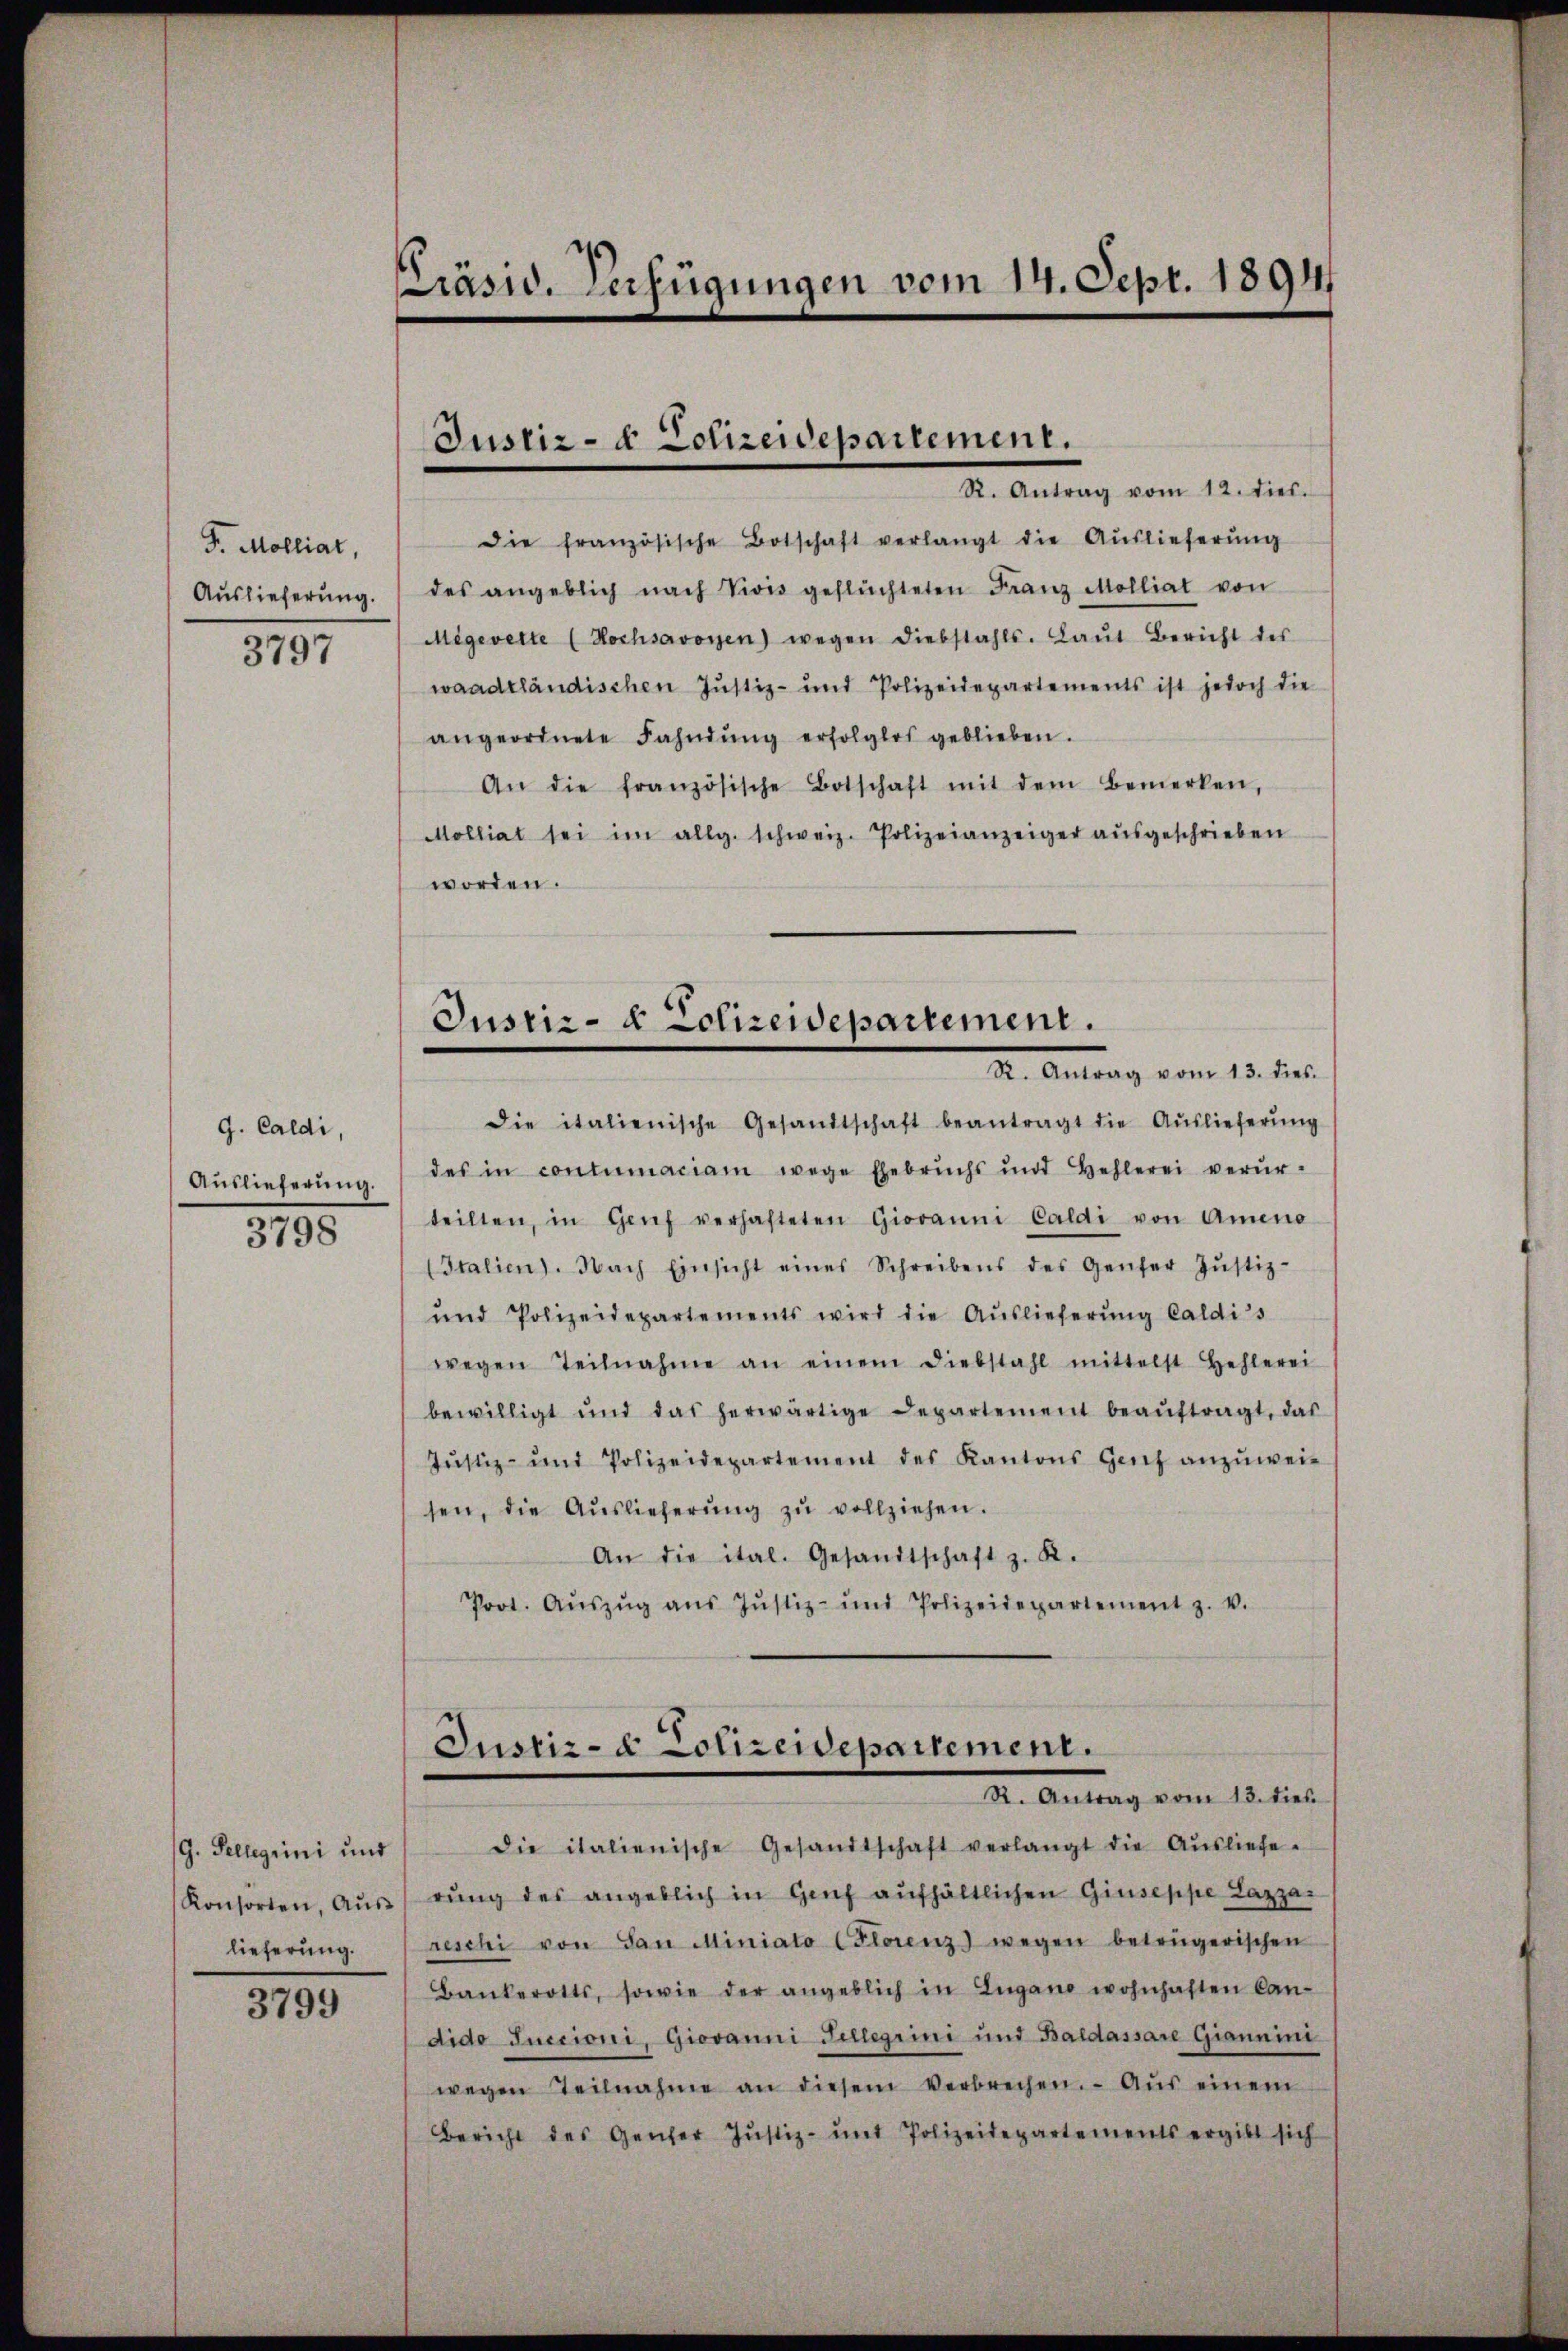
F. Molliat,
Auslieferung.
3797

g. Caldi,
Auslieferung.
3798

G. Tellegiini und
Konsorten, Aŭs
lieferung.

3799

Präsid. Verfügungen vom 14. Sept. 18941

Justiz- & Polizeidepartement.
R. Antrag vom 12. dies.

die französische Botschaft verlangt die Aŭslieferŭng
des angeblich nach Vivis geflüchteten Franz Molliat von
Megevette (Hochsavoyen) wegen diebstahls. Laŭt Bericht des
waadtländischen Justiz- und Polizeidepartements ist jedoch die
angeordnete Fahndŭng erfolglos geblieben.
An die französische Botschaft mit dem Bemerken,
Molliat sei im allg. schweiz. Polizeianzeiger aŭsgeschrieben
worden.
die italienische Gesandtschaft beantragt die Aŭslieferŭng
des in contumaciam wege Ehebruchs und Hehlerei verŭr-
teilten, in Genf verhafteten Giovanni Caldi von Ameno
(Italien). Nach Einsicht eines Schreibens des Genfer Jŭstiz-
und Polizeidepartements wird die Aŭslieferŭng Caldis
wegen Teilnahme an einem Diebstahl mittelst Hehlerei
bewilligt und das herwärtige Departement beaŭftragt, das
Jŭstiz- und Polizeidepartement des Kantons Genf anzŭweisen, die Aŭslieferŭng zŭ vollziehen.
An die ital. Gesandtschaft z. K.
Prot. Aŭszŭg aŭs Jŭstiz- und Polizeidepartement z. v.

Justiz- & Polizeidepartement.
Dr. Antrag vom 15. dies

Justiz- & Polizeidepartement.
Dr. Antrag vom 18. dies

Die italienische Gesandtschaft verlangt die Aŭsliefe.
rŭng des angeblich in Genf aŭfhältlichen Giuseppe Lazzar
reschi von San Miniato (Florenz) wegen betrügerischen
Bankerotts, sowie der angeblich in Lugano wohnhaften Can-
dido Succioni, Giovanni Sellegiini und Baldassare Giannini
wegen Teilnahme an diesem verbrechen. Aŭs einem
Bericht des Genfer Justiz- mit Polizeidepartements ergibt sich